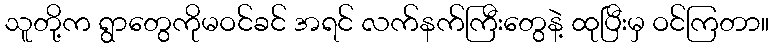
သူတို့က ရွာတွေကိုမဝင်ခင် အရင် လက်နက်ကြီးတွေနဲ့ ထုပြီးမှ ဝင်ကြတာ။